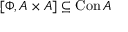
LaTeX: \left[ \Phi , A \times A \right] \subseteq \operatorname { C o n } A